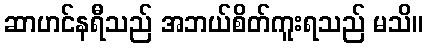
ဆာဟင်နရီသည် အဘယ်စိတ်ကူးရသည် မသိ။